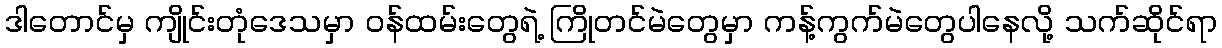
ဒါတောင်မှ ကျိုင်းတုံဒေသမှာ ဝန်ထမ်းတွေရဲ့ ကြိုတင်မဲတွေမှာ ကန့်ကွက်မဲတွေပါနေလို့ သက်ဆိုင်ရာ